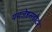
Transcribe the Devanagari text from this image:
यमजेष्ठसहोदर